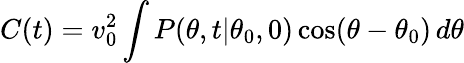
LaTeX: C(t)=v_{0}^{2}\int P(\theta,t|\theta_{0},0)\, \mathrm{cos}(\theta-\theta_{0})\, d\theta